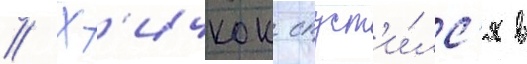
// Х'ичкок спуст'и́лс'я в